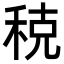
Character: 𫀲